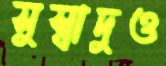
সুস্বাদুও